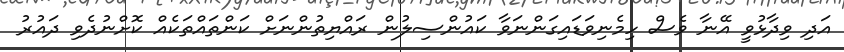
އަދި ވިދާޅުވީ އޭނާ ވެސް ހިމެނިވަޑައިގަންނަވާ ކައުންސިލުން ރައްޔިތުންނަށް ކަންތައްތަކެއް ކޮށްނުދެވި ދައުރު